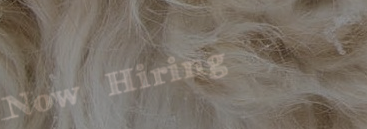
Now Hiring